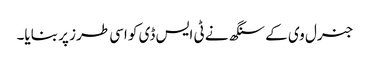
جنرل وی کے سنگھ نے ٹی ایس ڈی کو اسی طرز پر بنایا۔